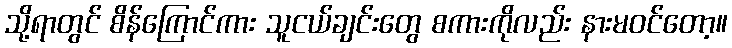
သို့ရာတွင် စိန်ကြောင်ကား သူငယ်ချင်းတွေ စကားကိုလည်း နားမဝင်တော့။